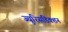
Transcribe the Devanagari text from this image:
ज्युरिसडिक्शन